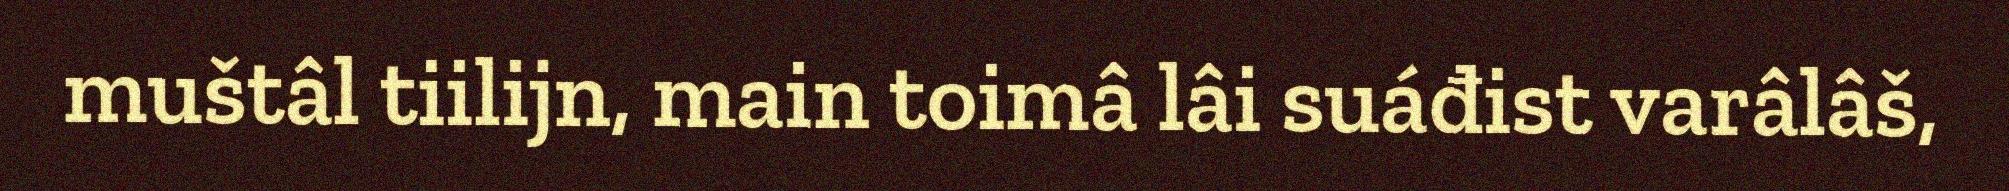
muštâl tiilijn, main toimâ lâi suáđist varâlâš,